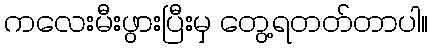
ကလေးမီးဖွားပြီးမှ တွေ့ရတတ်တာပါ။